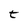
Character: t